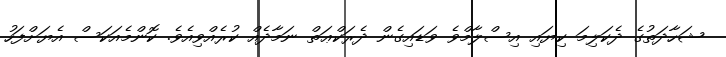
ޝަހާދަތުގެ ދެކަލިމަ ކިޔައި އިސްލާމްވެ ވަޑައިގެން ދެރަކްޢަތް ނަމާދެއް ކުރެއްވިއެވެ. ކޮންމެއަކަސް އެޔަށްފަހު